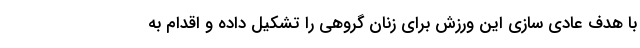
با هدف عادی سازی این ورزش برای زنان گروهی را تشکیل داده و اقدام به